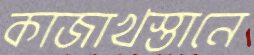
কাজাখস্তানে